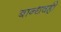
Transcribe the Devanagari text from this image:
बान्धवही